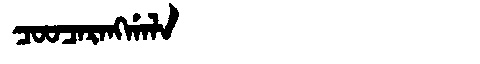
Manchu: ᠴᠣᠣᠴᠠᡵᠠᠩᡤᠠᠯᠠ
Romanization: COOCARANGGALA